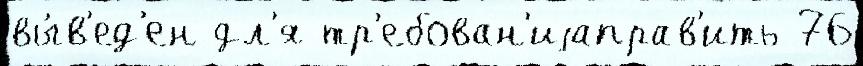
вы́в'ед'ен дл'я тр'ебован'иjаправ'ить 76